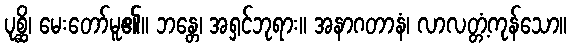
ပုစ္ဆိ၊ မေးတော်မူ၏။ ဘန္တေ၊ အရှင်ဘုရား။ အနာဂတာနံ၊ လာလတ္တံ့ကုန်သော။